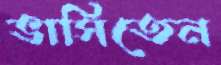
ভাসিতেন